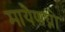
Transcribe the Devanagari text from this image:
मायैणघ्नो